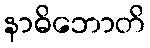
နာဓိဘောတိ